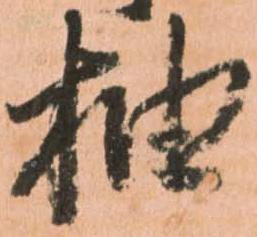
抽